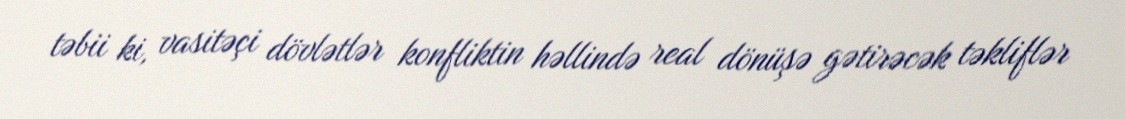
təbii ki, vasitəçi dövlətlər konfliktin həllində real dönüşə gətirəcək təkliflər